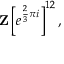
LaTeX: \mathbf { Z } \left[ e ^ { { \frac { 2 } { 3 } } \pi i } \right] ^ { 1 2 } ,